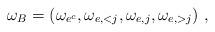
LaTeX: \begin{align*}\omega_B = (\omega_{e^c}, \omega_{e,< j}, \omega_{e,j}, \omega_{e,> j})\ ,\end{align*}